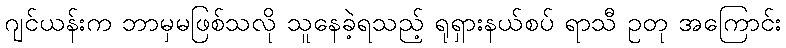
ဂျင်ယန်းက ဘာမှမဖြစ်သလို သူနေခဲ့ရသည့် ရုရှားနယ်စပ် ရာသီ ဥတု အကြောင်း